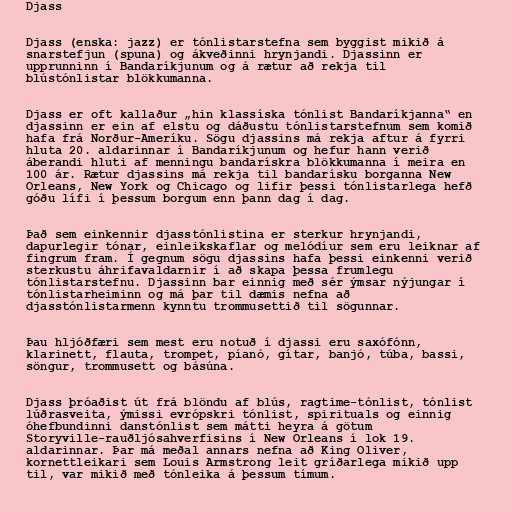
Djass

Djass (enska: jazz) er tónlistarstefna sem byggist mikið á
snarstefjun (spuna) og ákveðinni hrynjandi. Djassinn er
upprunninn í Bandaríkjunum og á rætur að rekja til
blústónlistar blökkumanna.

Djass er oft kallaður „hin klassíska tónlist Bandaríkjanna“ en
djassinn er ein af elstu og dáðustu tónlistarstefnum sem komið
hafa frá Norður-Ameríku. Sögu djassins má rekja aftur á fyrri
hluta 20. aldarinnar í Bandaríkjunum og hefur hann verið
áberandi hluti af menningu bandarískra blökkumanna í meira en
100 ár. Rætur djassins má rekja til bandarísku borganna New
Orleans, New York og Chicago og lifir þessi tónlistarlega hefð
góðu lífi í þessum borgum enn þann dag í dag.

Það sem einkennir djasstónlistina er sterkur hrynjandi,
dapurlegir tónar, einleikskaflar og melódíur sem eru leiknar af
fingrum fram. Í gegnum sögu djassins hafa þessi einkenni verið
sterkustu áhrifavaldarnir í að skapa þessa frumlegu
tónlistarstefnu. Djassinn bar einnig með sér ýmsar nýjungar í
tónlistarheiminn og má þar til dæmis nefna að
djasstónlistarmenn kynntu trommusettið til sögunnar.

Þau hljóðfæri sem mest eru notuð í djassi eru saxófónn,
klarinett, flauta, trompet, píanó, gítar, banjó, túba, bassi,
söngur, trommusett og básúna.

Djass þróaðist út frá blöndu af blús, ragtime-tónlist, tónlist
lúðrasveita, ýmissi evrópskri tónlist, spirituals og einnig
óhefbundinni danstónlist sem mátti heyra á götum
Storyville-rauðljósahverfisins í New Orleans í lok 19.
aldarinnar. Þar má meðal annars nefna að King Oliver,
kornettleikari sem Louis Armstrong leit gríðarlega mikið upp
til, var mikið með tónleika á þessum tímum.